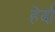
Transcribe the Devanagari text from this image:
हेर्दा